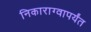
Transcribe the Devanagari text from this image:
निकाराग्वापर्यंत